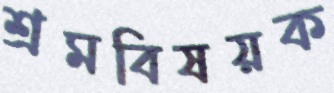
শ্রমবিষয়ক